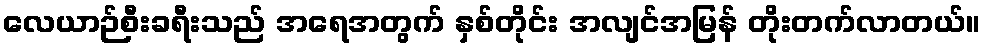
လေယာဉ်စီးခရီးသည် အရေအတွက် နှစ်တိုင်း အလျင်အမြန် တိုးတက်လာတယ်။